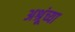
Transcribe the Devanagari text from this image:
अश्रूंच्या